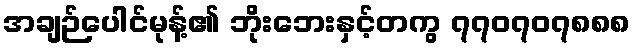
အချဉ်ပေါင်မုန့်၏ ဘိုးဘေးနှင့်တကွ ၇၇၀၇၀၇၈၈၈